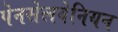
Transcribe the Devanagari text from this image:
पेनसेलवेनियन